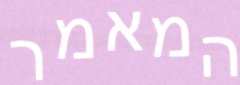
המאמר